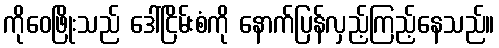
ကိုဝေဖြိုးသည် ဒေါ်ငြိမ်းစံကို နောက်ပြန်လှည့်ကြည့်နေသည်။